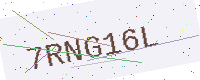
Text: 7RNG16L